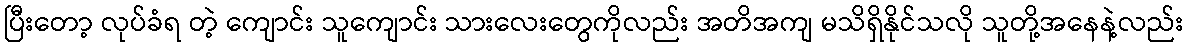
ပြီးတော့ လုပ်ခံရ တဲ့ ကျောင်း သူကျောင်း သားလေးတွေကိုလည်း အတိအကျ မသိရှိနိုင်သလို သူတို့အနေနဲ့လည်း